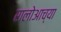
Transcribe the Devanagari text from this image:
रालोआच्या